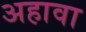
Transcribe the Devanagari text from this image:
अहावा